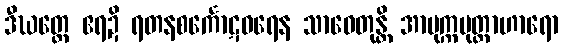
ဒီဃတ္တေ ဧရဍိ ရတနစင်္ကောဋဝရေန သာဓေတုန္တိ အာမုက္ကမုတ္တာဟာရော